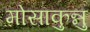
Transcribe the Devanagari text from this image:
मोसाकुन्नु